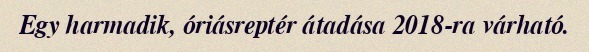
Egy harmadik, óriásreptér átadása 2018-ra várható.